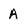
Character: A